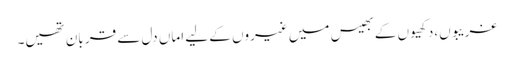
غریبوں،دکھیوں کے بھیس میں غیروں کے لیے اماں دل سے قر بان تھیں۔